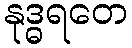
နုဒ္ဓရတေ